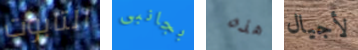
التابوت بجانبى هذه لأجيال